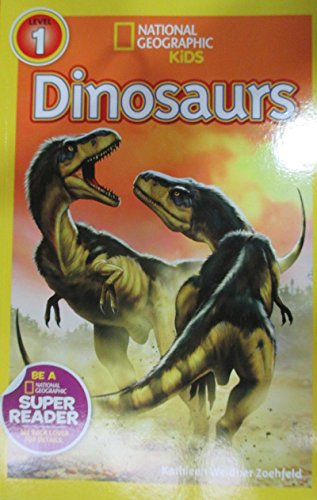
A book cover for National Geographic Readers: Dinosaurs; Kathleen Weidner Zoehfeld; Children's Books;